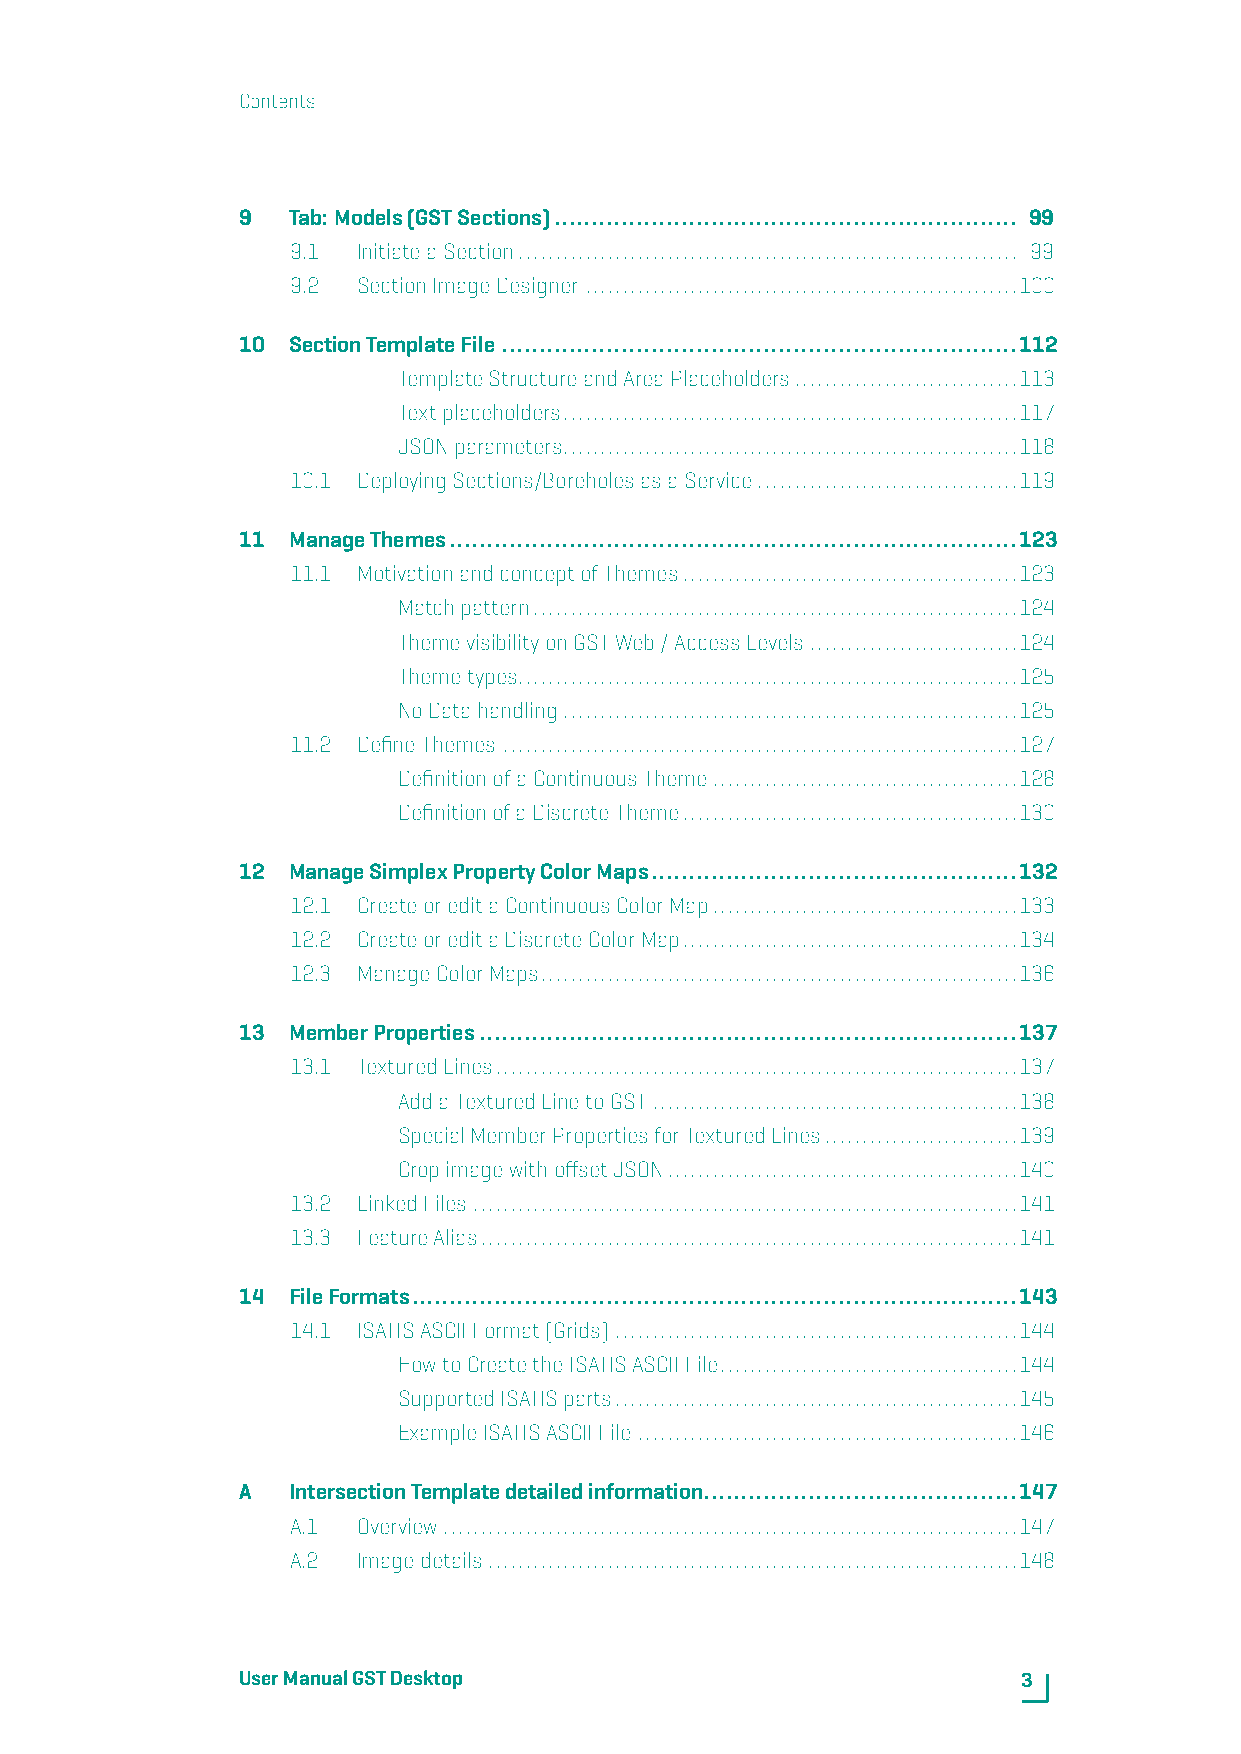
Contents
 9  Tab:Models(GSTSections).............................................................. 99
 9.1  InitiateaSection................................................................... 99
 9.2  SectionImageDesigner ..........................................................100
 10 SectionTemplateFile .....................................................................112
 TemplateStructureandAreaPlaceholders..............................113
 Textplaceholders.............................................................117
 JSONparameters.............................................................118
 10.1 DeployingSections/BoreholesasaService...................................119
 11 ManageThemes............................................................................123
 11.1 MotivationandconceptofThemes.............................................123
 Matchpattern.................................................................124
 ThemevisibilityonGSTWeb/AccessLevels............................124
 Themetypes...................................................................125
 NoDatahandling.............................................................125
 11.2 DefineThemes .....................................................................127
 DefinitionofaContinuousTheme.........................................128
 DefinitionofaDiscreteTheme.............................................130
 12 ManageSimplexPropertyColorMaps.................................................132
 12.1 CreateoreditaContinuousColorMap.........................................133
 12.2 CreateoreditaDiscreteColorMap.............................................134
 12.3 ManageColorMaps................................................................136
 13 MemberProperties........................................................................137
 13.1 TexturedLines......................................................................137
 AddaTexturedLinetoGST.................................................138
 SpecialMemberPropertiesforTexturedLines..........................139
 CropimagewithoffsetJSON...............................................140
 13.2 LinkedFiles .........................................................................141
 13.3 FeatureAlias........................................................................141
 14 FileFormats.................................................................................143
 14.1 ISATISASCIIFormat(Grids) ......................................................144
 HowtoCreatetheISATISASCIIFile........................................144
 SupportedISATISparts......................................................145
 ExampleISATISASCIIFile ...................................................146
 A  IntersectionTemplatedetailedinformation..........................................147
 A.1  Overview.............................................................................147
 A.2  Imagedetails.......................................................................148
 UserManualGSTDesktop                                3